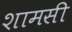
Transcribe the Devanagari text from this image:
शामसी